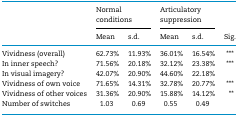
<table><thead><tr><td></td><td colspan="2"><b>Normal conditions</b></td><td colspan="2"><b>Articulatory suppression</b></td><td></td></tr><tr><td></td><td><b>Mean</b></td><td><b>s.d.</b></td><td><b>Mean</b></td><td><b>s.d.</b></td><td><b>Sig.</b></td></tr></thead><tbody><tr><td>Vividness (overall)</td><td>62.73%</td><td>11.93%</td><td>36.01%</td><td>16.54%</td><td>***</td></tr><tr><td>In inner speech?</td><td>71.56%</td><td>20.18%</td><td>32.12%</td><td>23.38%</td><td>***</td></tr><tr><td>In visual imagery?</td><td>42.07%</td><td>20.90%</td><td>44.60%</td><td>22.18%</td><td></td></tr><tr><td>Vividness of own voice</td><td>71.65%</td><td>14.31%</td><td>32.78%</td><td>20.77%</td><td>***</td></tr><tr><td>Vividness of other voices</td><td>31.36%</td><td>20.90%</td><td>15.88%</td><td>14.12%</td><td>**</td></tr><tr><td>Number of switches</td><td>1.03</td><td>0.69</td><td>0.55</td><td>0.49</td><td></td></tr></tbody></table>